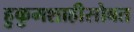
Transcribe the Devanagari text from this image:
हुकुमशाहीसोबत